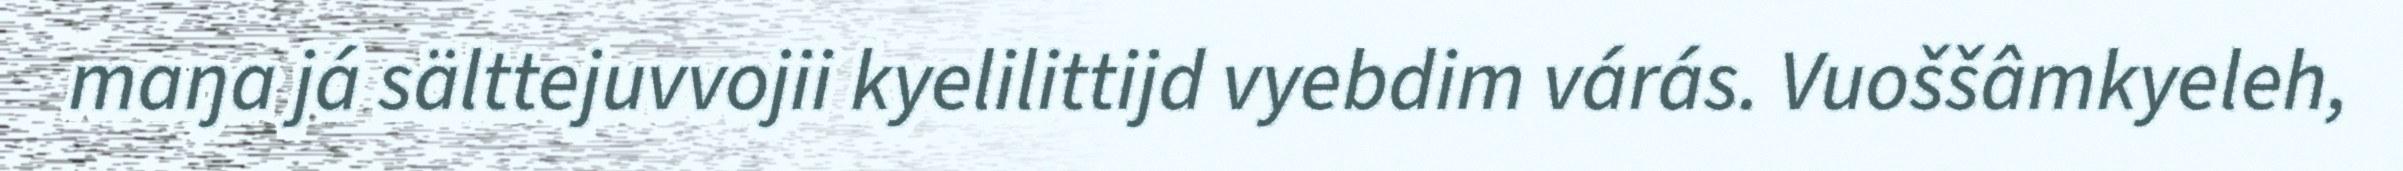
maŋa já sälttejuvvojii kyelilittijd vyebdim várás. Vuoššâmkyeleh,